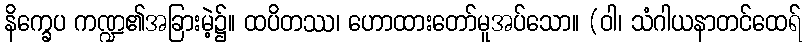
နိက္ခေပ ကဏ္ဍ၏အခြားမဲ့၌။ ထပိတဿ၊ ဟောထားတော်မူအပ်သော။ (ဝါ၊ သံဂါယနာတင်ထေရ်